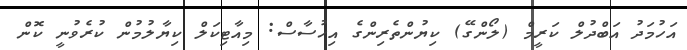
އަހުމަދު އަބްދުލް ކަރީމް (ލޯންގޭ) ކިޔުންތެރިންގެ އިހުސާސް: މިއާޓިކަލް ކިޔާލުމުން ކުރެވުނީ ކޮން